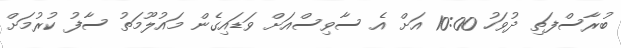
ބުރާސްފަތި ދުވަހު 10:00 އަށް އެ ސާވިސްއަށް ވަޑައިގެން މައުލޫމަތު ސާފު ކުރުމަށް